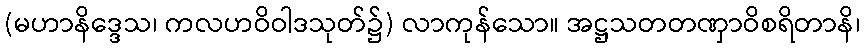
(မဟာနိဒ္ဒေသ၊ ကလဟဝိဝါဒသုတ်၌) လာကုန်သော။ အဋ္ဌသတတဏှာဝိစရိတာနိ၊